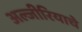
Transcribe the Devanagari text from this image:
अल्जीरियाचे